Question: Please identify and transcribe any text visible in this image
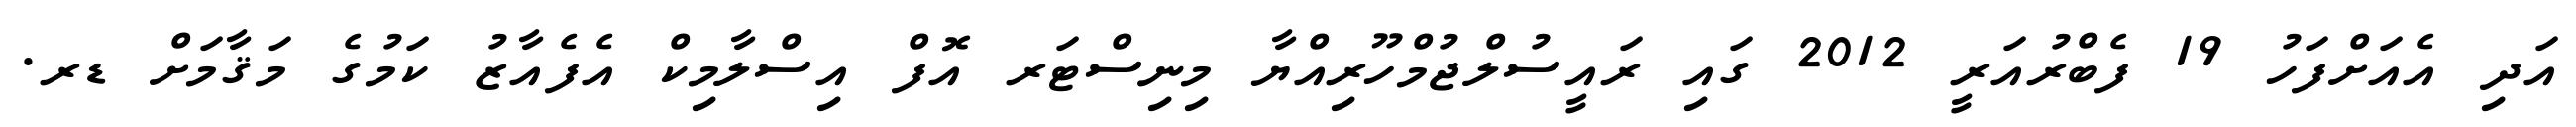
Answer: އަދި އެއަށްފަހު 19 ފެބްރުއަރީ 2012 ގައި ރައީސުލްޖުމްހޫރިއްޔާ މިނިސްޓަރ އޮފް އިސްލާމިކް އެފެއާޒު ކަމުގެ މަޤާމަށް ޑރ.